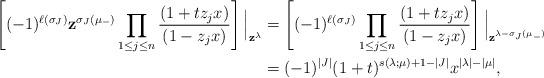
LaTeX: \begin{align*}\left[(-1)^{\ell(\sigma_J)}\mathbf{z}^{\sigma_J(\mu_-)}\prod_{1 \leq j \leq n}\frac{(1+tz_jx)}{(1-z_j x)}\right] \Big\vert_{\mathbf{z}^\lambda} &= \left[(-1)^{\ell(\sigma_J)}\prod_{1 \leq j \leq n} \frac{(1+tz_jx)}{(1-z_jx)}\right]\Big\vert_{\mathbf{z}^{\lambda-\sigma_J(\mu_-)}}\\&= (-1)^{|J|}(1+t)^{s(\lambda;\mu)+1-|J|}x^{|\lambda|-|\mu|},\end{align*}